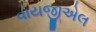
વાયજીએલ